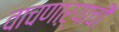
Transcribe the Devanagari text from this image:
वाचणाऱ्याची